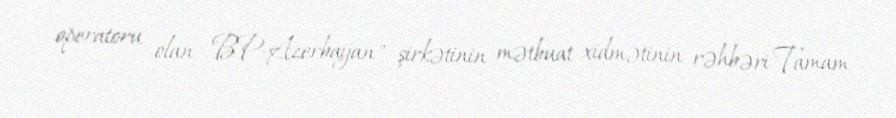
operatoru olan "BP-Azerbaijan" şirkətinin mətbuat xidmətinin rəhbəri Tamam